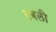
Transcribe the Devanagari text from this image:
तबली